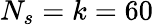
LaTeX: N_{s}=k=60